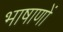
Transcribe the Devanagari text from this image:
भाषाणों